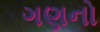
ગણનો